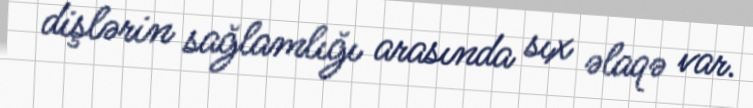
dişlərin sağlamlığı arasında sıx əlaqə var.